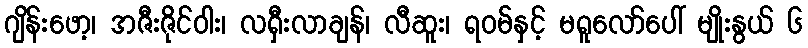
ဂျိန်းဖော့၊ အဇီးဇိုင်ဝါး၊ လရှီးလာချန်၊ လီဆူး၊ ရဝမ်နှင့် မရူလော်ပေါ် မျိုးနွယ် ၆